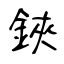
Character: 鋏